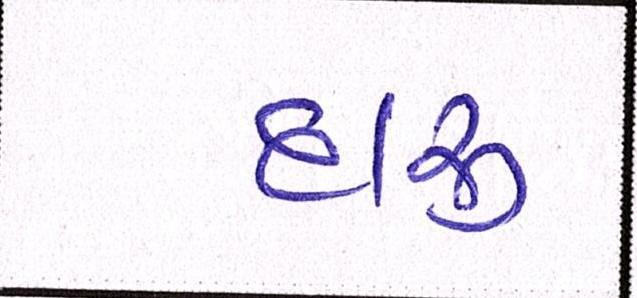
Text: દારૃ